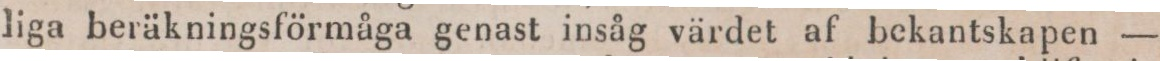
liga beräkningsförmåga genast insåg värdet af bekantskapen —